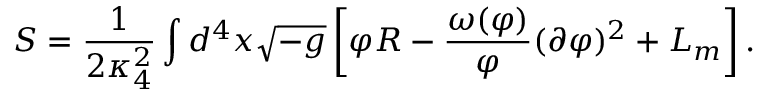
S = \frac { 1 } { 2 \kappa _ { 4 } ^ { 2 } } \int d ^ { 4 } x \sqrt { - g } \left[ \varphi R - \frac { \omega ( \varphi ) } { \varphi } ( \partial \varphi ) ^ { 2 } + { \cal L } _ { m } \right] .